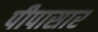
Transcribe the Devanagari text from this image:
पीपासार